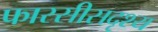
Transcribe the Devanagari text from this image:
फारसीसदृश्य